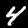
Label: 4